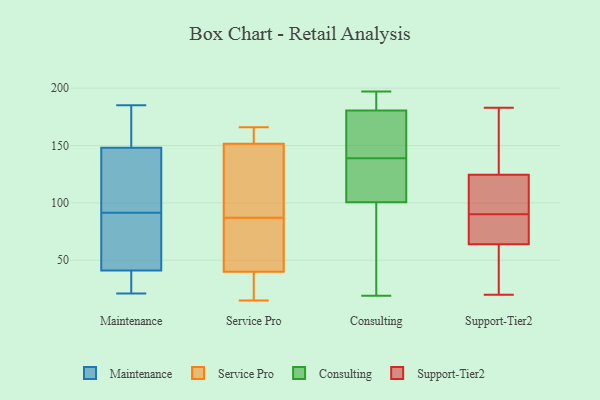
{"axis": {"x": "Net Income (USD K)", "y": "Value"}, "legend": ["Consulting", "Maintenance", "Service Pro", "Support-Tier2"], "data": [{"x": "", "y": 119, "type": "Maintenance"}, {"x": "", "y": 181, "type": "Maintenance"}, {"x": "", "y": 139, "type": "Maintenance"}, {"x": "", "y": 91, "type": "Maintenance"}, {"x": "", "y": 148, "type": "Maintenance"}, {"x": "", "y": 92, "type": "Maintenance"}, {"x": "", "y": 21, "type": "Maintenance"}, {"x": "", "y": 80, "type": "Maintenance"}, {"x": "", "y": 185, "type": "Maintenance"}, {"x": "", "y": 27, "type": "Maintenance"}, {"x": "", "y": 26, "type": "Maintenance"}, {"x": "", "y": 156, "type": "Maintenance"}, {"x": "", "y": 48, "type": "Maintenance"}, {"x": "", "y": 41, "type": "Maintenance"}, {"x": "", "y": 113, "type": "Service Pro"}, {"x": "", "y": 124, "type": "Service Pro"}, {"x": "", "y": 157, "type": "Service Pro"}, {"x": "", "y": 166, "type": "Service Pro"}, {"x": "", "y": 33, "type": "Service Pro"}, {"x": "", "y": 36, "type": "Service Pro"}, {"x": "", "y": 23, "type": "Service Pro"}, {"x": "", "y": 74, "type": "Service Pro"}, {"x": "", "y": 157, "type": "Service Pro"}, {"x": "", "y": 67, "type": "Service Pro"}, {"x": "", "y": 77, "type": "Service Pro"}, {"x": "", "y": 32, "type": "Service Pro"}, {"x": "", "y": 15, "type": "Service Pro"}, {"x": "", "y": 87, "type": "Service Pro"}, {"x": "", "y": 95, "type": "Service Pro"}, {"x": "", "y": 162, "type": "Service Pro"}, {"x": "", "y": 135, "type": "Service Pro"}, {"x": "", "y": 157, "type": "Service Pro"}, {"x": "", "y": 52, "type": "Service Pro"}, {"x": "", "y": 168, "type": "Consulting"}, {"x": "", "y": 91, "type": "Consulting"}, {"x": "", "y": 133, "type": "Consulting"}, {"x": "", "y": 166, "type": "Consulting"}, {"x": "", "y": 176, "type": "Consulting"}, {"x": "", "y": 171, "type": "Consulting"}, {"x": "", "y": 194, "type": "Consulting"}, {"x": "", "y": 191, "type": "Consulting"}, {"x": "", "y": 142, "type": "Consulting"}, {"x": "", "y": 197, "type": "Consulting"}, {"x": "", "y": 110, "type": "Consulting"}, {"x": "", "y": 123, "type": "Consulting"}, {"x": "", "y": 189, "type": "Consulting"}, {"x": "", "y": 127, "type": "Consulting"}, {"x": "", "y": 43, "type": "Consulting"}, {"x": "", "y": 86, "type": "Consulting"}, {"x": "", "y": 85, "type": "Consulting"}, {"x": "", "y": 185, "type": "Consulting"}, {"x": "", "y": 136, "type": "Consulting"}, {"x": "", "y": 19, "type": "Consulting"}, {"x": "", "y": 132, "type": "Support-Tier2"}, {"x": "", "y": 183, "type": "Support-Tier2"}, {"x": "", "y": 77, "type": "Support-Tier2"}, {"x": "", "y": 92, "type": "Support-Tier2"}, {"x": "", "y": 108, "type": "Support-Tier2"}, {"x": "", "y": 88, "type": "Support-Tier2"}, {"x": "", "y": 51, "type": "Support-Tier2"}, {"x": "", "y": 120, "type": "Support-Tier2"}, {"x": "", "y": 84, "type": "Support-Tier2"}, {"x": "", "y": 129, "type": "Support-Tier2"}, {"x": "", "y": 101, "type": "Support-Tier2"}, {"x": "", "y": 26, "type": "Support-Tier2"}, {"x": "", "y": 131, "type": "Support-Tier2"}, {"x": "", "y": 20, "type": "Support-Tier2"}, {"x": "", "y": 87, "type": "Support-Tier2"}, {"x": "", "y": 35, "type": "Support-Tier2"}]}